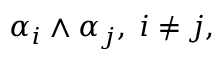
\alpha _ { i } \wedge \alpha _ { j } , \; i \neq j ,